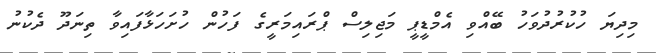
މިދިޔަ ހުކުރުދުވަހު ބޭއްވި އެމްޑީޕީ މަޖިލިސް ޕްރައިމަރީގެ ފަހުން ހުށަހަޅާފައިވާ ތިނަދޫ ދެކުނު